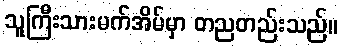
သူကြီးသားမက်အိမ်မှာ တညတည်းသည်။